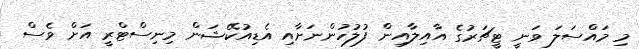
މި މައްސަލަ ވަނީ ޓީޗަރުގެ އާއިލާއިން ފުލުހުންނަށާއި އެޑިއުކޭޝަން މިނިސްޓްރީ އަށް ވެސް